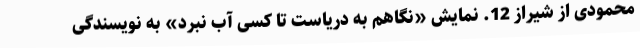
محمودی از شیراز 12. نمایش «نگاهم به دریاست تا کسی آب نبرد» به نویسندگی